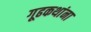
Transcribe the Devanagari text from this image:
गूढकथांना